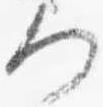
何